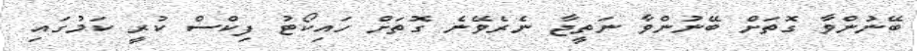
ބޭނުންވާ ގޮތަށް ބޭނުންވާ ނަތީޖާ ނެރެވޭނެ ގޮތަށް ހައިކޯޓު ފިކްސް ކުރީ ކަމުގައި